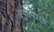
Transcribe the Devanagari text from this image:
स्पेलाए